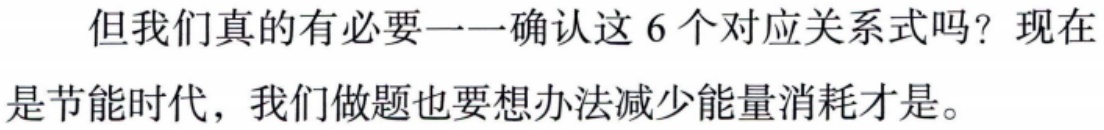
但我们真的有必要一一确认这 6 个对应关系式吗？现在是节能时代，我们做题也要想办法减少能量消耗才是。